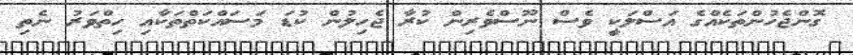
ގޮންޖެހުންތަކެއްގެ އަސްލަކީ ވެސް ނޫސްވެރިން ކުރާ ޖެހިލުން ކުޑަ މަސައްކަތްތަކާއި ހިތްވަރު ނެތި